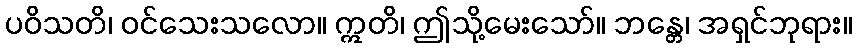
ပဝိသတိ၊ ဝင်သေးသလော။ ဣတိ၊ ဤသို့မေးသော်။ ဘန္တေ၊ အရှင်ဘုရား။